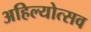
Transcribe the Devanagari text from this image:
अहिल्योत्सव